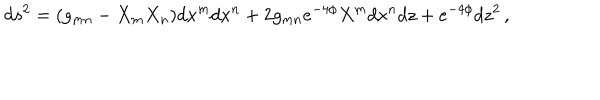
d s ^ { 2 } = ( g _ { m n } - X _ { m } X _ { n } ) d x ^ { m } d x ^ { n } + 2 g _ { m n } e ^ { - 4 \phi } X ^ { m } d x ^ { n } d z + e ^ { - 4 \phi } d z ^ { 2 } \, ,